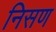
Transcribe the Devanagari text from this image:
निसण